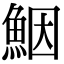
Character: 𩶾